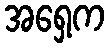
အရှေ့က